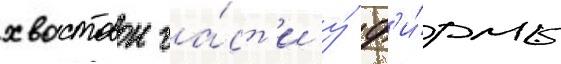
хвостовои ча́ст'и у́ ф'и́рмы